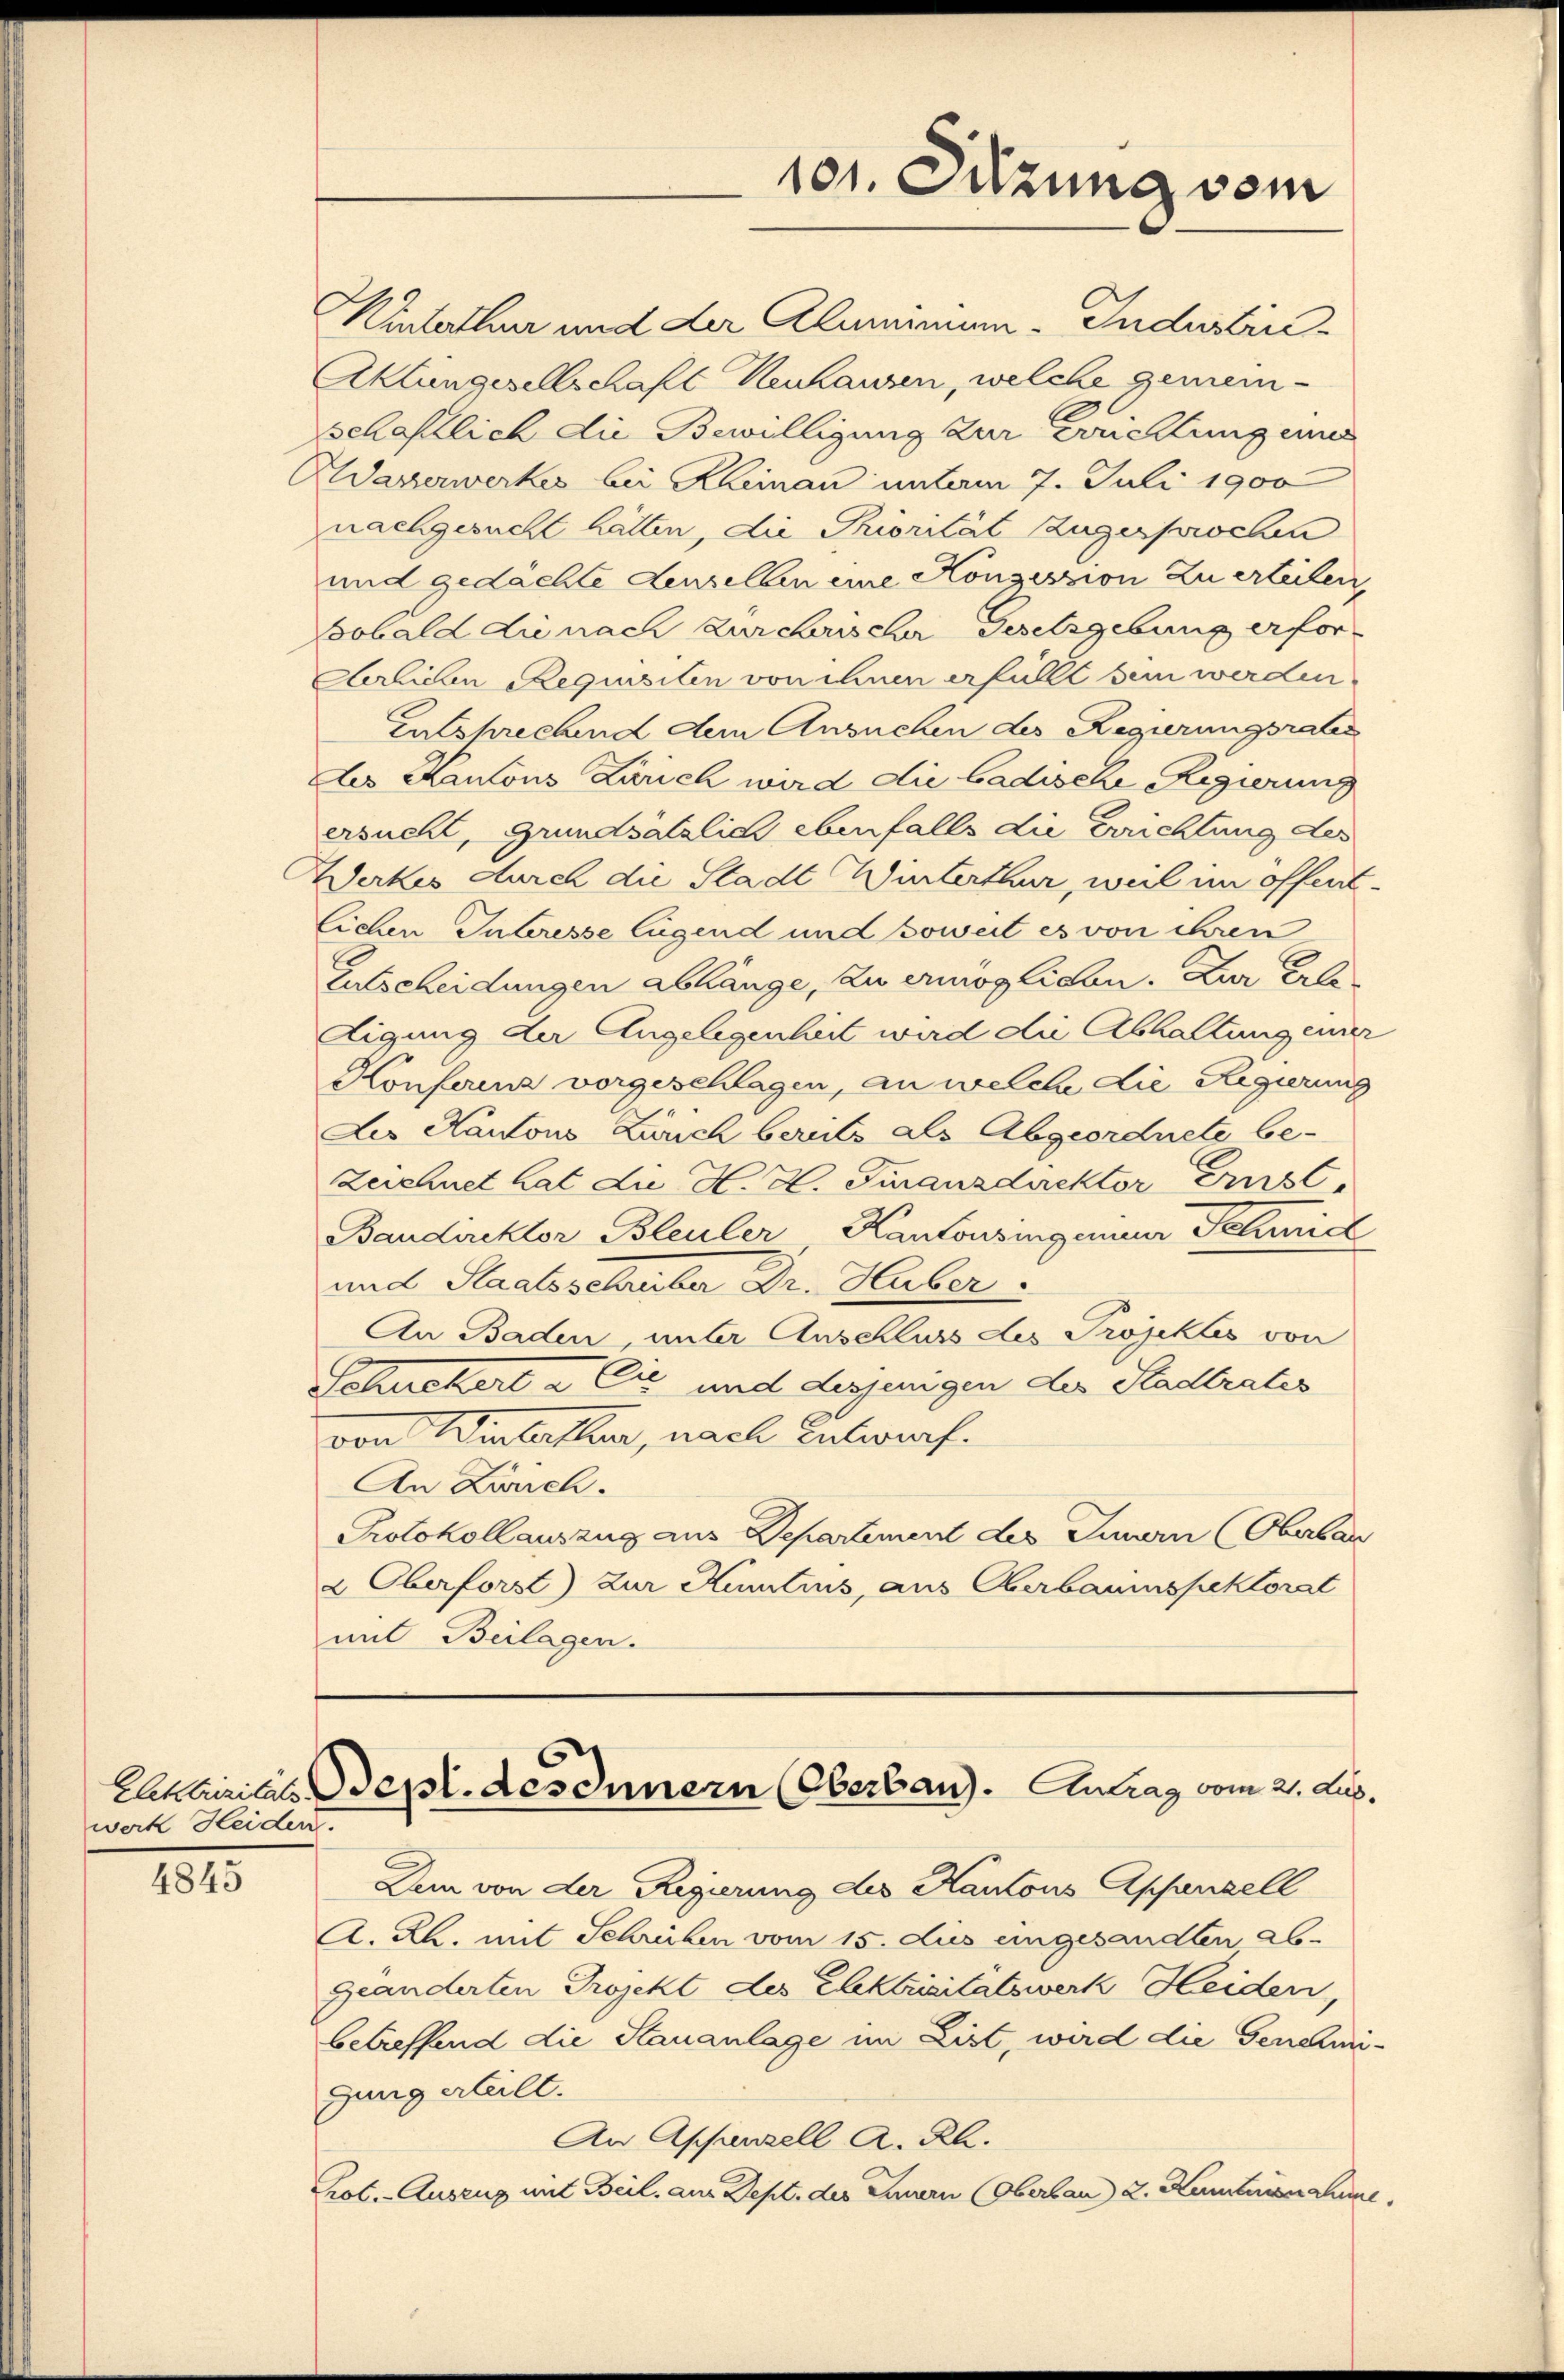
werk Heiden.

4845

Winterthur und der Almeinum-Industrie¬
Aktiengesellschaft Neuhausen, welche gemeinschaftlich die Bewilligung zur Errichtung eines
Wasserwerkes bei Kliman unterm 7. Juli 1900
nachgesucht hätten, die Priorität zugesprochen
und gedächte denselben eine Konzession zu erteilen,
sobald die nach zur chrischer Gesetzgebung erfor¬
Aerlichen Requisiten von ihnen erfüllt sein werden,
Entsprechend dem Ansuchen des Regierungsrates
des Kantons Zürich wird die badische Regierung
ersucht, Grundsätzlich ebenfalls die Errichtung des
Werkes durch die Stadt Winterthur, weil im öffentlichen Interesse Lügend und soweit es von ihren
Entscheidungen abhänge, zu ermöglichen. Zur Erledigung der Angelegenheit wird die Abhaltung einer
Konferina vorgeschlagen, an welche die Regierung
Les Kantons Zürich bereits als Abgeordnete be-
Zeichnet hat die H. H. Finanzdirektor Ernst,
Baudirektor Bleuler Kantonsingenieur Feriel
und Staatsschuber Dr. Huber:
An Baden unter Anschluss des Projektes von
Schnekert & Cie und desjenigen der Stadtrates
von Wintellen, nach Entwurf.
An Zürch.
Protokollauszug aus Departement des Innern (Oberbau
& Oberforst) zur Kenntius, aus Oberbauinspektorat
mit Beilagen.

101. Sitzung vom

Eattrivilats Sept. des Innern (Oberbau. Antrag vom 21. Aug.

Dem von der Regierung des Kantons Apfanzell
A. Rh. mit Schrieben vom 15. dus eingesandten ab
geänderten Projekt des Elektrsitätswerk Heiden,
betreffend die Stauanlage im List, wird die Genehmi-
gung erheilt.
An Appenzell A. Rh.
Prot. - Auszug mit Beil, aus Sept. des Einern (Oberbau v. Kumtnisnahme